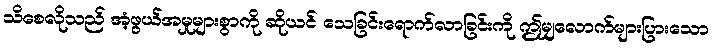
သိစေလိုသည် အံ့ဖွယ်အမှုများစွာကို ဆိုယင် သေခြင်းရောက်လာခြင်းကို ဤမျှလောက်များပြားသော